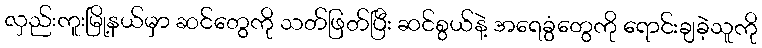
လှည်းကူးမြို့နယ်မှာ ဆင်တွေကို သတ်ဖြတ်ပြီး ဆင်စွယ်နဲ့ အရေခွံတွေကို ရောင်းချခဲ့သူကို